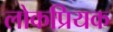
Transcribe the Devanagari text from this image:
लोकप्रियक